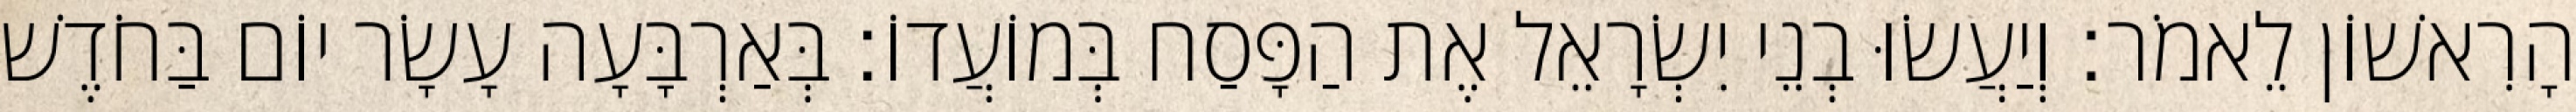
הָרִאשׁוֹן לֵאמֹר׃ וְיַעֲשׂוּ בְנֵי יִשְׂרָאֵל אֶת הַפָּסַח בְּמוֹעֲדוֹ׃ בְּאַרְבָּעָה עָשָׂר יוֹם בַּחֹדֶשׁ